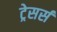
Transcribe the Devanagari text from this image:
ट्रेसर्स